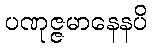
ပဏုဇ္ဇမာနေနပိ